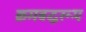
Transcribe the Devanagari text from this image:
क्रमबद्धरूप